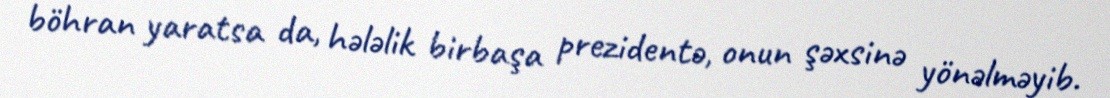
böhran yaratsa da, hələlik birbaşa prezidentə, onun şəxsinə yönəlməyib.